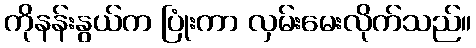
ကိုနန်းနွယ်က ပြုံးကာ လှမ်းမေးလိုက်သည်။